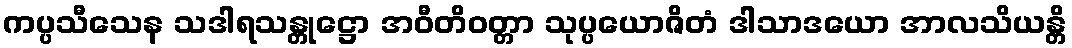
ကပ္ပသီသေန သဒါရသန္တုဋ္ဌော အဝီတိဝတ္တာ သုပ္ပယောဇိတံ ဒါသာဒယော အာလသိယန္တိ